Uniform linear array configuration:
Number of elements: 12
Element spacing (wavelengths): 0.5
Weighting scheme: cosine
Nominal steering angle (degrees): -60
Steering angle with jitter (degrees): -60.153
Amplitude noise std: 0.05
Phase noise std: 0.05

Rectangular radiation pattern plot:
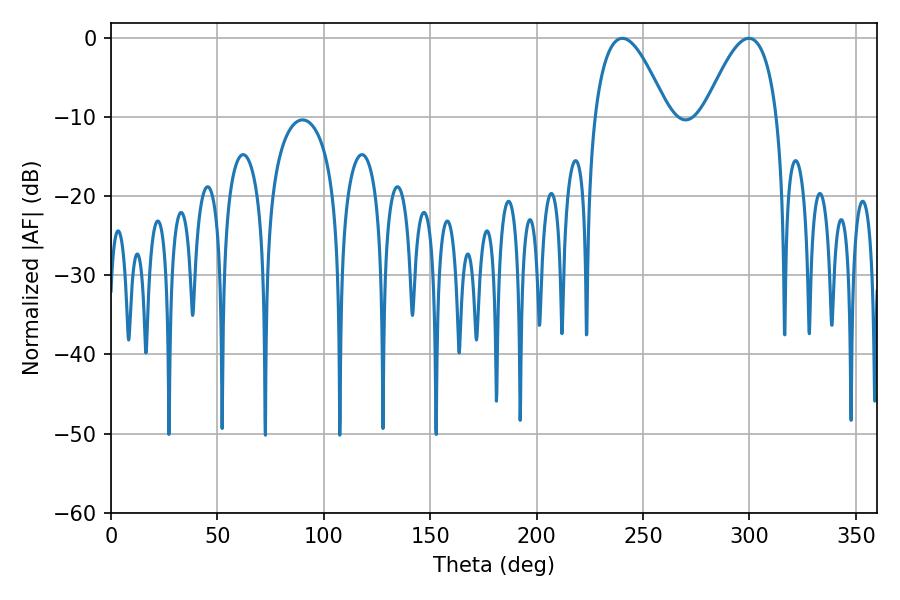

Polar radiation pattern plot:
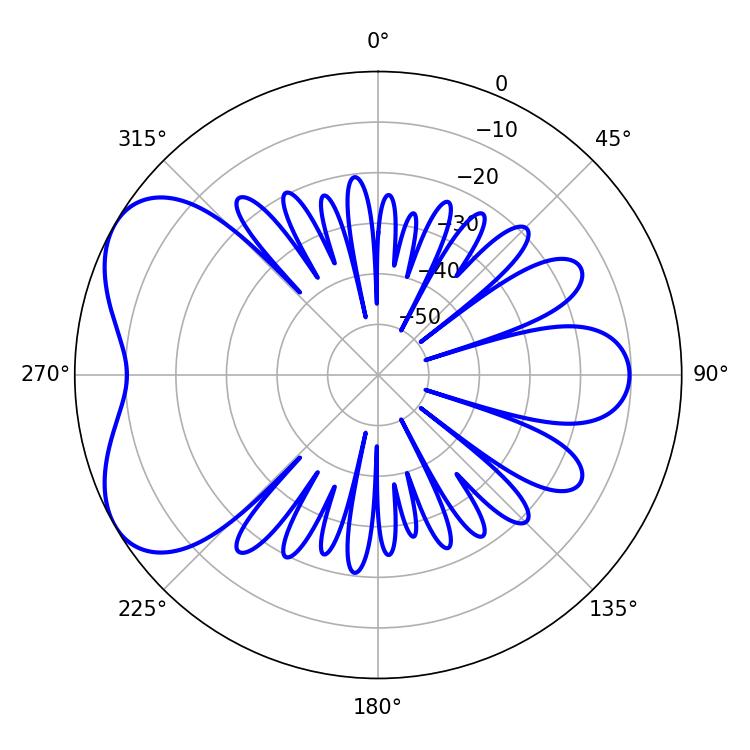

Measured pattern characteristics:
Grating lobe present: FALSE
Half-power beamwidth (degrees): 18.72
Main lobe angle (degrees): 240.3